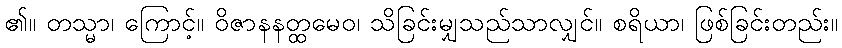
၏။ တသ္မာ၊ ကြောင့်။ ဝိဇာနနတ္ထမေဝ၊ သိခြင်းမျှသည်သာလျှင်။ စရိယာ၊ ဖြစ်ခြင်းတည်း။